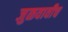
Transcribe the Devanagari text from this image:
जुळवावीच